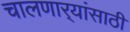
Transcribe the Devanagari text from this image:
चालणार्‍यांसाठी